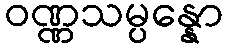
ဝဏ္ဏသမ္ပန္နော